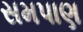
સમપાણ